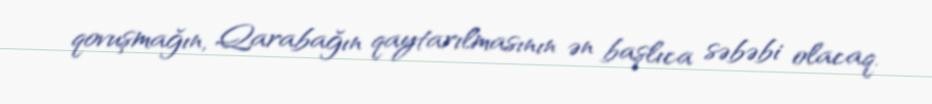
qovuşmağın, Qarabağın qaytarılmasının ən başlıca səbəbi olacaq.